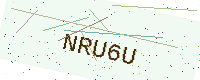
Text: NRU6U